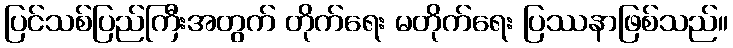
ပြင်သစ်ပြည်ကြီးအတွက် တိုက်ရေး မတိုက်ရေး ပြဿနာဖြစ်သည်။